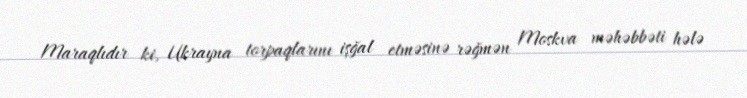
Maraqlıdır ki, Ukrayna torpaqlarını işğal etməsinə rəğmən Moskva məhəbbəti hələ